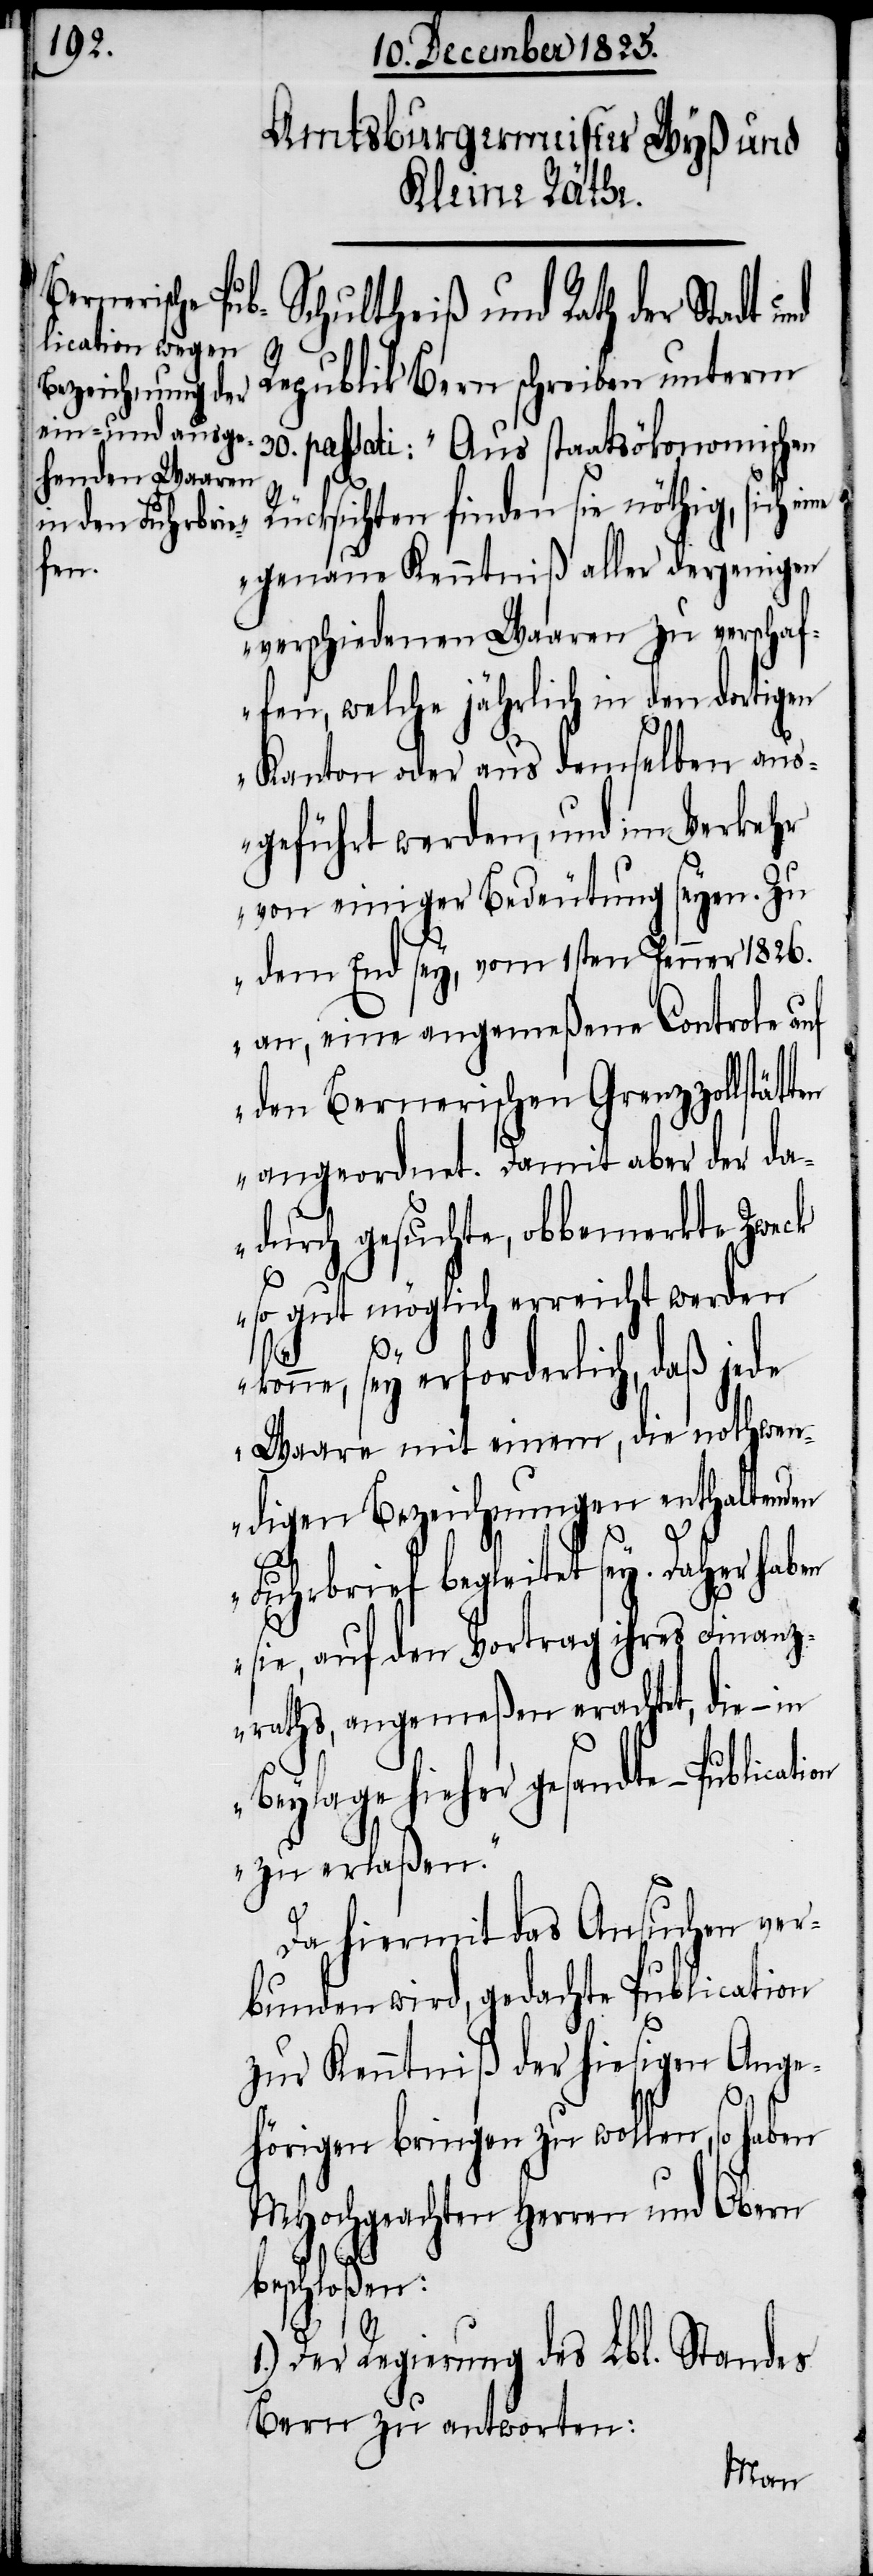
Schultheiß und Rath der Stadt und
Republik Bern schreiben unterm
30. passati: „Aus staatsökonomischen
Rücksichten finden sie nöthig, sich
eine
genaue Kenntniß aller derjenigen
verschiedenen Waaren zu verschaf¬
fen, welche jährlich in den dortigen
Kanton oder aus demselben aus¬
geführt werden, und im Verkehr
von einiger Bedeutung seyen. Zu
dem End sey, vom 1sten Jenner 1826.
an, eine angemeßene Controle auf
den Bernerischen Grenzzollstätten
angeordnet. Damit aber der da¬
durch gesuchte, obbemerkte Zweck
so
gut möglich erreicht werden
könne, sey erforderlich, daß jede
Waare mit einem, die nothwen¬
digen Bezeichnungen enthaltenden
Fuhrbrief begleitet sey. Daher haben
sie, auf den Vortrag ihres Finanz¬
raths, angemeßen erachtet, die –
Beylage hieher gesandte – Publica¬
zu erlaßen.“
Da hiermit das Ansuchen ver¬
bunden wird, gedachte Publication
zur Kenntniß der hiesigen Ange¬
hörigen bringen zu wollen, so haben
MHochgeachten Herren und Obern
beschloßen:
1.) Der Regierung des Lbl. Standes
Bern zu antworten:
tion